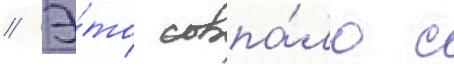
// Э́то совпа́ло с